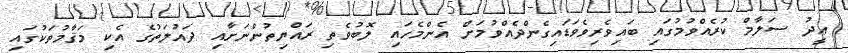
ޢީދު ސަލާމް ކުރެއްވުމުގައި ބައިވެރިވެވަޑައިގެންދެއްވުމަށް އެންމެހައި ލޮބުވެތި ރައްޔިތުންނަށާއި ދައުލަތުގެ އެކި މަޤާމުތަކުގައި